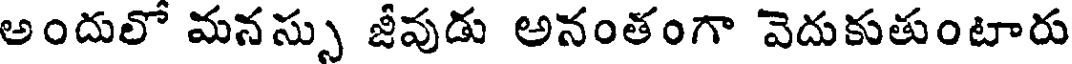
అందులో మనస్సు జీవుడు అనంతంగా వెదుకుతుంటారు